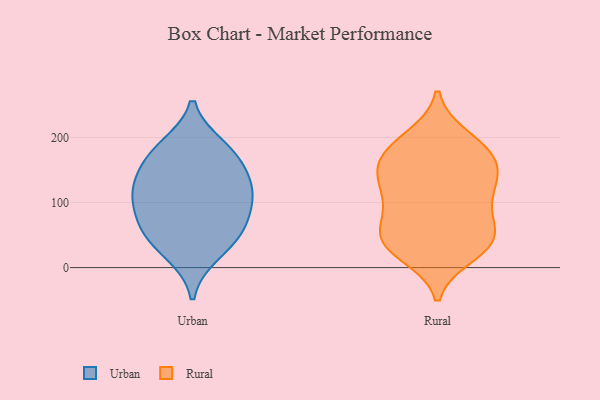
{"axis": {"x": "Population (Million)", "y": "Value"}, "legend": ["Rural", "Urban"], "data": [{"x": "", "y": 47, "type": "Urban"}, {"x": "", "y": 174, "type": "Urban"}, {"x": "", "y": 125, "type": "Urban"}, {"x": "", "y": 103, "type": "Urban"}, {"x": "", "y": 185, "type": "Urban"}, {"x": "", "y": 164, "type": "Urban"}, {"x": "", "y": 62, "type": "Urban"}, {"x": "", "y": 110, "type": "Urban"}, {"x": "", "y": 22, "type": "Urban"}, {"x": "", "y": 123, "type": "Urban"}, {"x": "", "y": 64, "type": "Urban"}, {"x": "", "y": 108, "type": "Rural"}, {"x": "", "y": 50, "type": "Rural"}, {"x": "", "y": 42, "type": "Rural"}, {"x": "", "y": 199, "type": "Rural"}, {"x": "", "y": 141, "type": "Rural"}, {"x": "", "y": 21, "type": "Rural"}, {"x": "", "y": 94, "type": "Rural"}, {"x": "", "y": 176, "type": "Rural"}, {"x": "", "y": 158, "type": "Rural"}, {"x": "", "y": 39, "type": "Rural"}, {"x": "", "y": 71, "type": "Rural"}, {"x": "", "y": 175, "type": "Rural"}, {"x": "", "y": 113, "type": "Rural"}, {"x": "", "y": 42, "type": "Rural"}, {"x": "", "y": 132, "type": "Rural"}, {"x": "", "y": 189, "type": "Rural"}, {"x": "", "y": 34, "type": "Rural"}, {"x": "", "y": 151, "type": "Rural"}]}